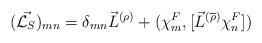
LaTeX: \begin{align*}(\vec{{\cal L}_S})_{mn} ={\delta}_{mn}{\vec{L}}^{(\rho)} + ({\chi}^F_m,[{\vec{L}}^{(\overline{\rho})}{\chi}^F_n])\end{align*}